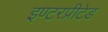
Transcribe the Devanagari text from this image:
इण्टरप्रीटेड